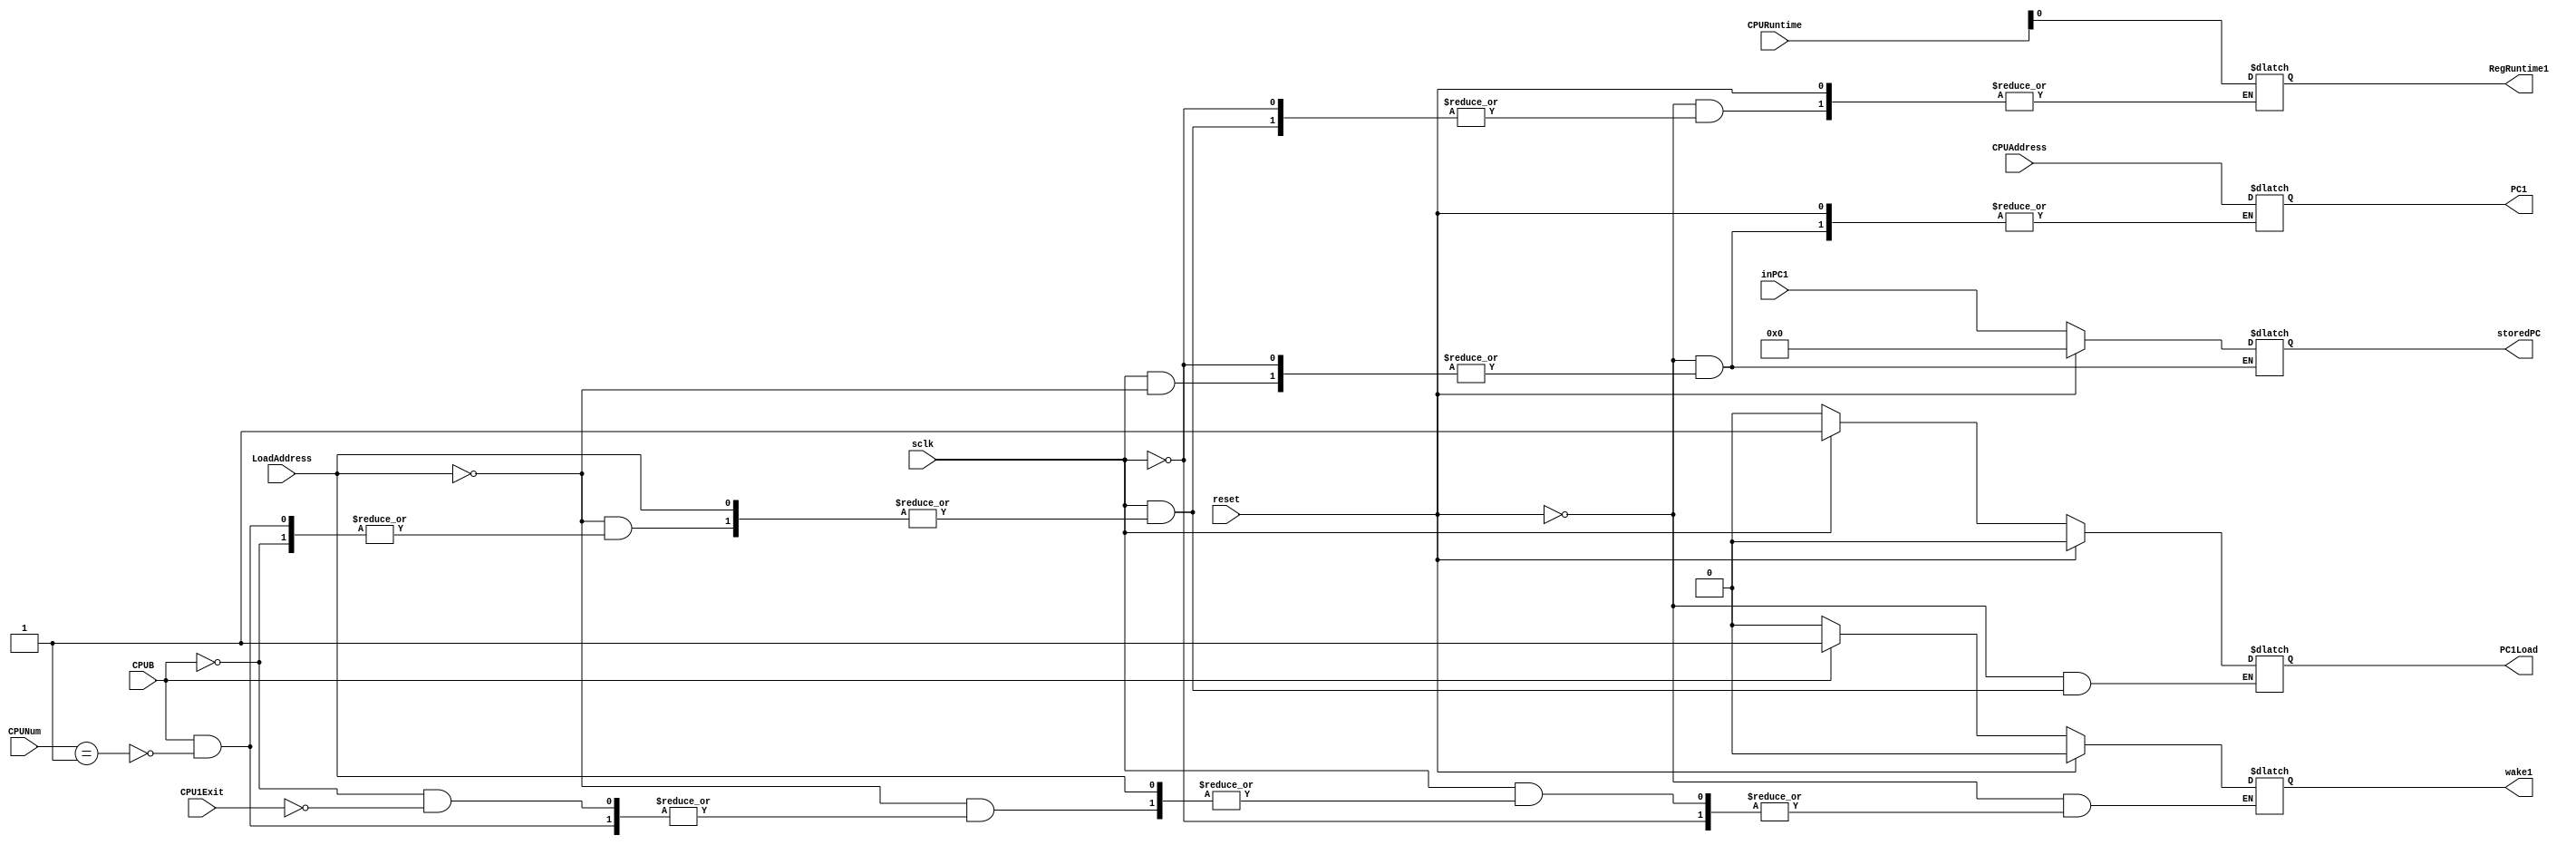
module BranchCPU(
	input [4:0]CPURuntime,//which instance of registers to use for CPUNum
	input [4:0]CPUNum,//which CPU to activate
	input [31:0]CPUAddress,//address to be loaded to CPUNum
	input reset,
	input CPUB,//branch control signal from CPU0
	input LoadAddress,//load address from cpu0
	input CPU1Exit,//set CPU1 to sleep control signal, from CPU1
	input sclk,//system clock
	input [31:0]inPC1, //from CPU1 pc, the pc before branching 
	output wake1,//value determining if clockwait is active
	output RegRuntime1,//which runtime to run CPUNum
	output [31:0]PC1,//PC to run CPUNum from
	output PC1Load,//signal to load PC1, connected to mux
	output [31:0]storedPC
	);
	
	reg wake1;
	reg RegRuntime1;
	reg [31:0]PC1;
	reg PC1Load;
	reg [31:0]storedPC;

	always @(*) begin
		if(reset) begin
			wake1<=0;
			storedPC<=0;
			PC1Load<=0;
		end
		else if(sclk==0) begin
			PC1Load<=0;
		end		
		else if(LoadAddress) begin // BCPUJ, stores PC1 for Branch
			storedPC<=inPC1;
			PC1<=CPUAddress;
		end
		else if(CPUB) begin //BCPU, load in PC1
			if(CPUNum==1) begin
				wake1<=1;
				RegRuntime1<=CPURuntime[0];
				PC1Load<=1;
			end		
			//other CPU Numbers go here				
		end
		else if(CPU1Exit) begin
			wake1<=0;
		end
	end

endmodule